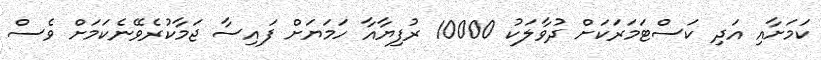
ކަމަށާއި އަދި ކަސްޓަމަރަކަށް ދުވާލަކު 10000 ރުފިޔާއާ ހަމަޔަށް ފައިސާ ޖަމާކުރެވޭނެކަމަށް ވެސް